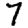
Digit: 7